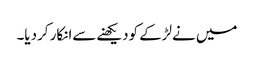
میں نےلڑکے کودیکھنےسےانکار کردیا۔